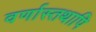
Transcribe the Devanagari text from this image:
वर्णास्तथापि